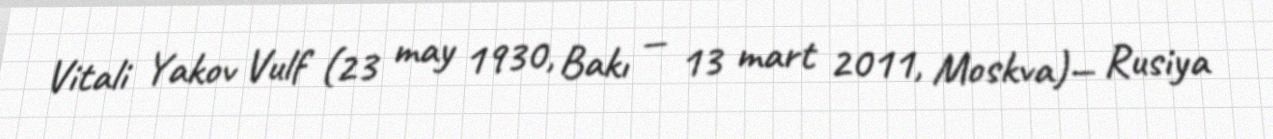
Vitali Yakov Vulf (23 may 1930, Bakı — 13 mart 2011, Moskva)— Rusiya